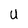
Character: U